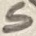
Text: S